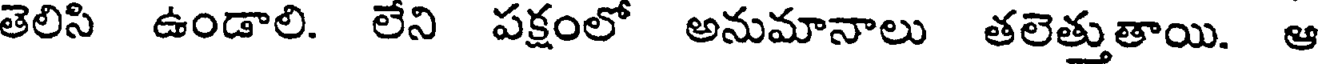
తెలిసి ఉండాలి. లేని పక్షంలో అనుమానాలు తలెత్తుతాయి. ఆ